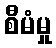
စီမံမှု